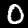
Label: 0